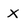
Character: x